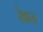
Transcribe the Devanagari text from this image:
रंकज